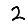
Digit: 2